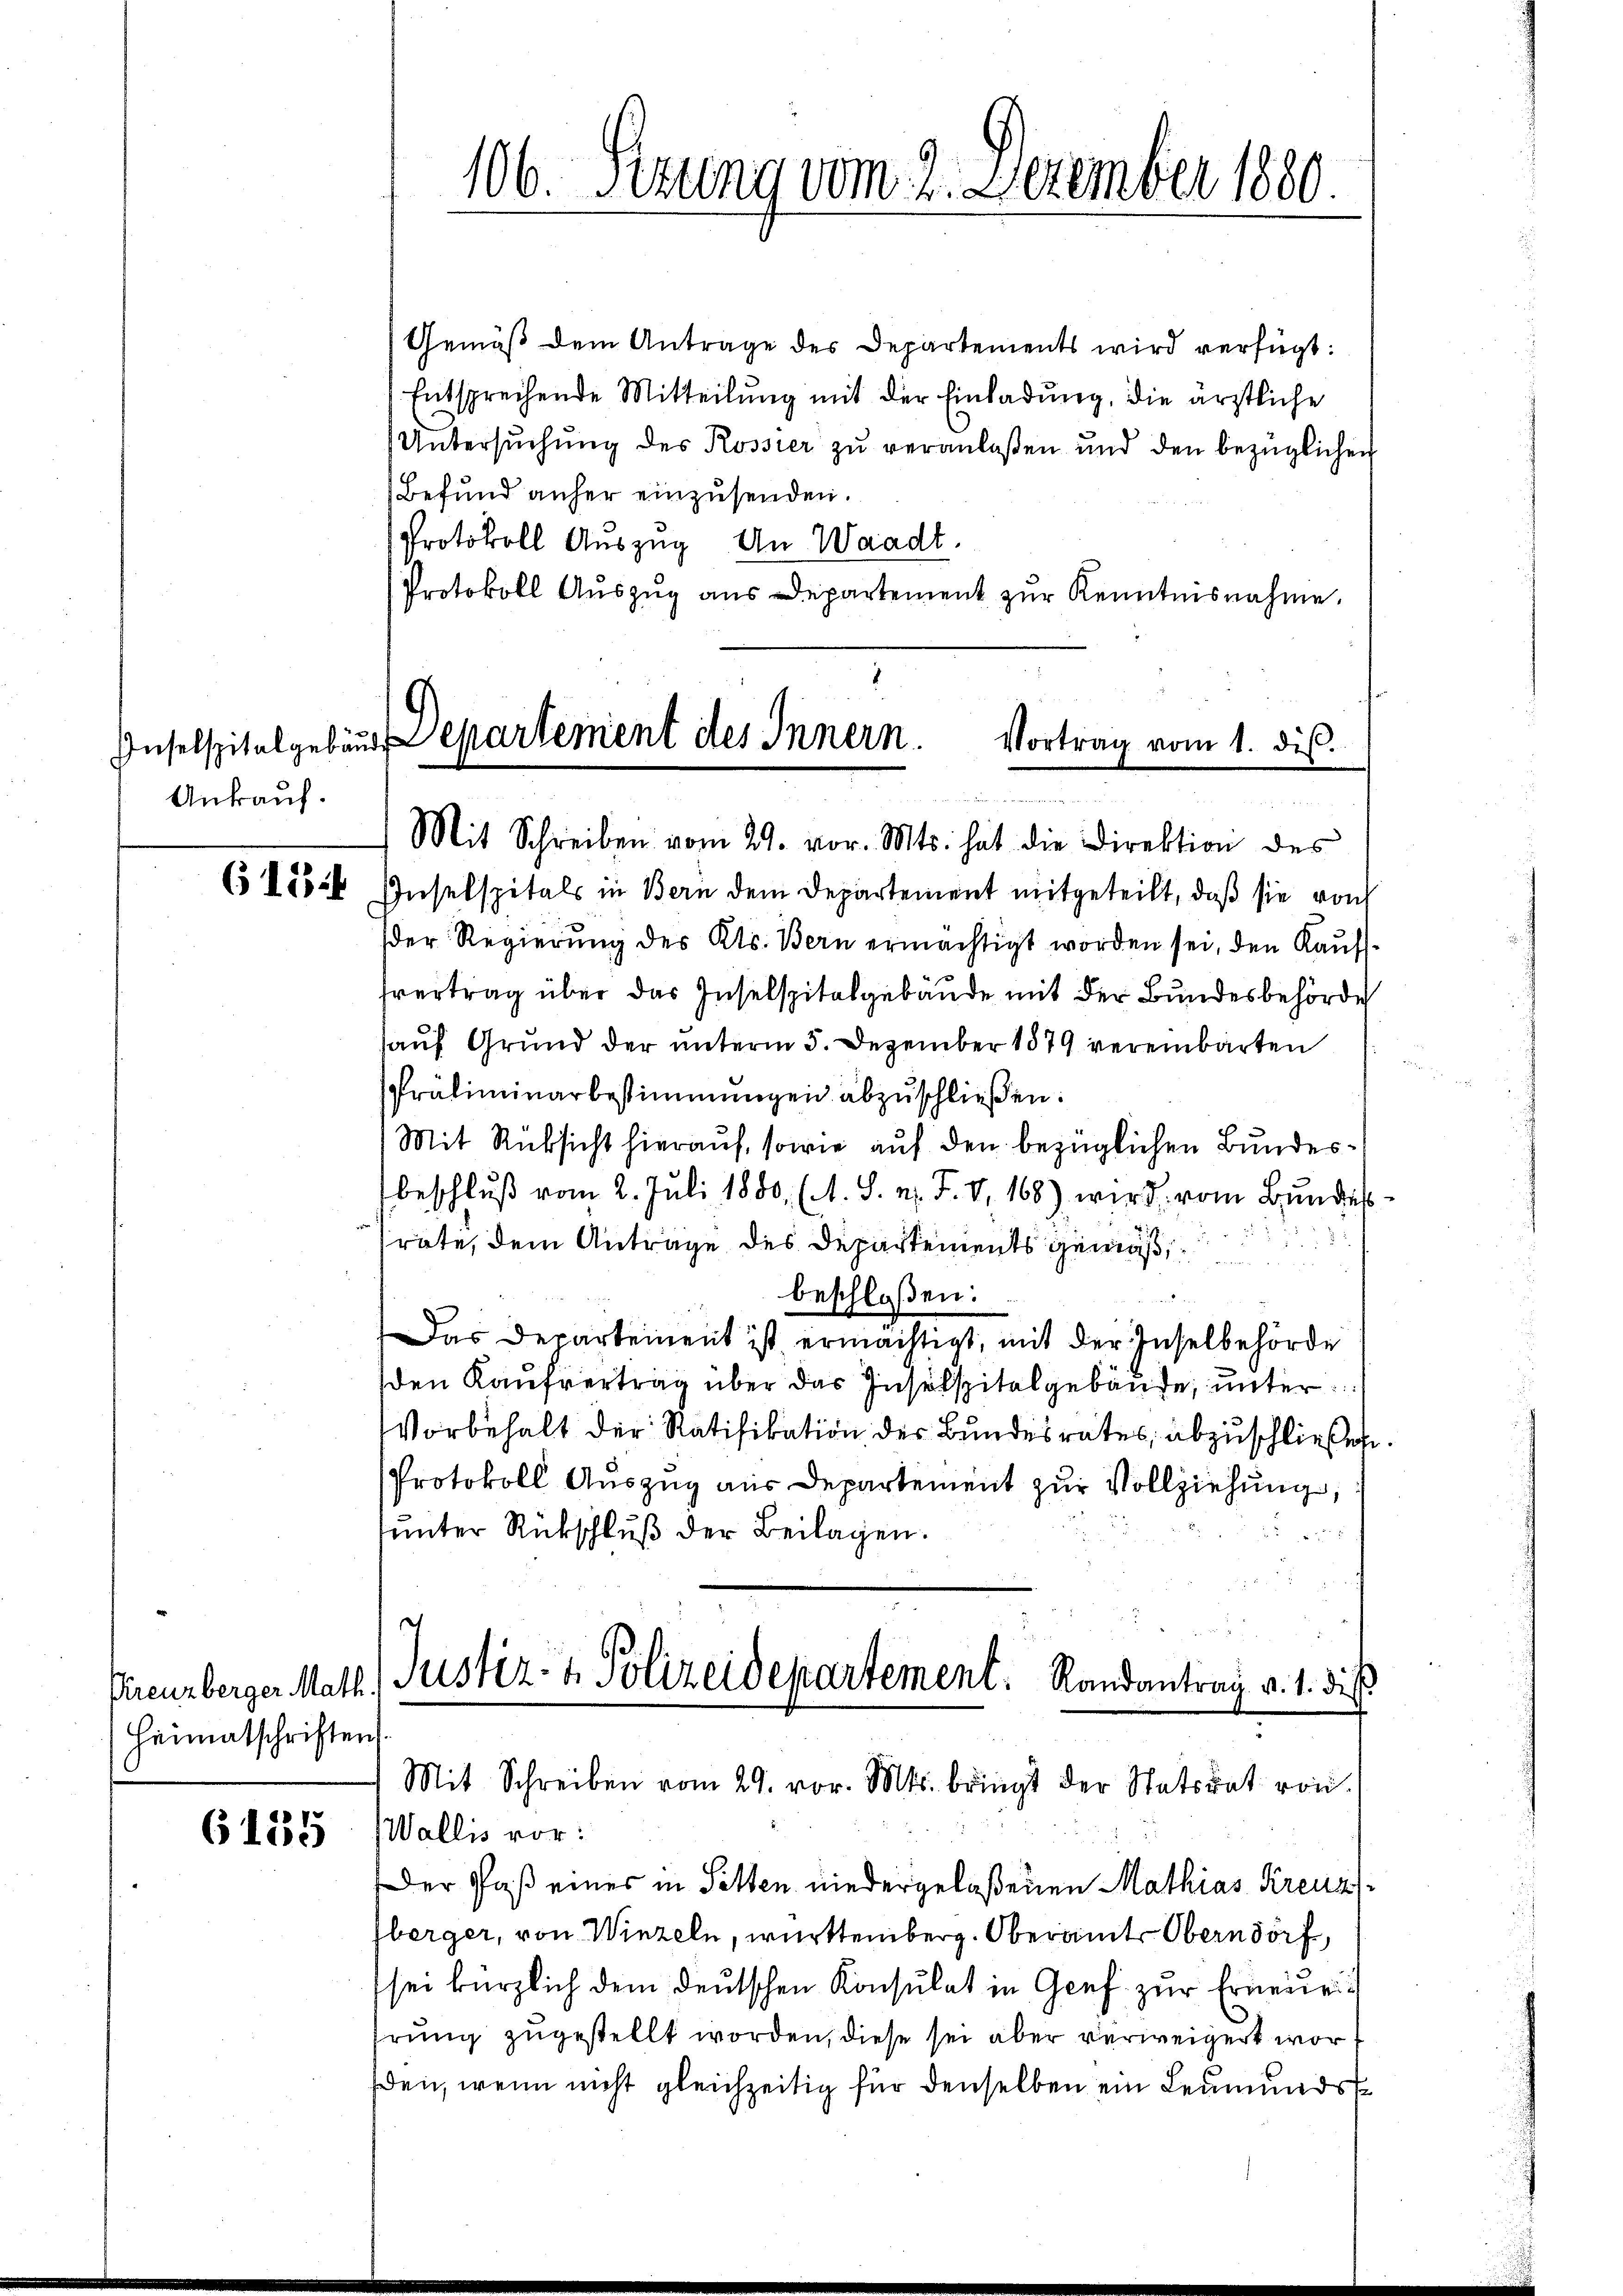
Ankauf.

Kreuzberger Math.
Heimatschriften

6135

(5 des Inselspitals in Bern dem Departement mitgeteilt, daß sie noch
(der Regierung des Kts. Bern ermächtigt worden sei, den Kauf
fvertrag über das Inselspitalgebäude mit der Bundesbehörde
auf Grund der unterm 5. Dezember 1879 vereinbarten
Präliminarbestimmungen abzuschließen:
Mit Rücksicht hierauf, sowie auf den bezüglichen Bundesbeschluß vom 2. Juli 1880 (1. S. n. F. V. 168) wird, vom Bundes
25
räte, dem Anträge des Departements gemäß
beschloßen:
Das Departement ist ermächtigt, mit der Inselbehörde
den Kaufvertrag über das Inselspitalgebäude, unter
Vorbehalt der Ratifikation der Bundesrates, abzuschließen.
Protokoll Auszug aus Departement zur Vollziehung,
sunter Rückschluß der Beilagen.

106. Sizung vom 2. Dezember 1880.

Gemäß dem Antrage des Departements wird verfügt:
Entsprechende Mitteilung mit der Einladung, die ärztliche
Untersŭchŭng des Rossier zŭ veranlaßen und den bezüglichen
Befund anher einzusenden.
Protokoll Auszug. An Waadt.
Protokoll Auszug aus Departement zur Kenntnisnahme.

Inselspitalgebaut Departement des Innern.
Vortrag vom 1. ds.
Mit Schreiben vom 29. vor. Mts. hat die Direktion des

Justiz- & Polizeidepartement. Randantrag v. 1. dies
Mit Schreiben vom 29. vor. Mts. bringt der Statsrat von

Wallis vor:
Der Paß eines in Selten niedergelaßenen Mathias Kreuz
berger, von Winzeln, württemberg. Oberamt Oberndorf,
sei kürzlich dem deutschen Konsulat in Genf zur Erneue
hrung zugestellt worden, diese sei aber verweigert worden, wenn nicht gleichzeitig für denselben ein Leumunds